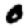
Digit: 0